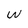
Character: W